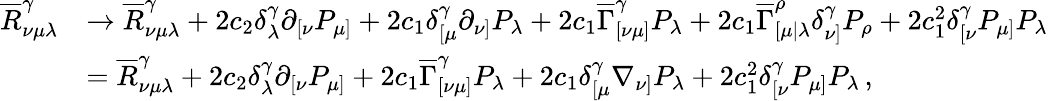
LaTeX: \begin{array}{rl}{\overline{{R}}_{\nu\mu\lambda}^{\gamma}}&{\rightarrow\overline{{R}}_{\nu\mu\lambda}^{\gamma}+2c_{2}\delta_{\lambda}^{\gamma}\partial_{[\nu}P_{\mu]}+2c_{1}\delta_{[\mu}^{\gamma}\partial_{\nu]}P_{\lambda}+2c_{1}\overline{{\Gamma}}_{[\nu\mu]}^{\gamma}P_{\lambda}+2c_{1}\overline{{\Gamma}}_{[\mu|\lambda}^{\rho}\delta_{\nu]}^{\gamma}P_{\rho}+2c_{1}^{2}\delta_{[\nu}^{\gamma}P_{\mu]}P_{\lambda}}\\ &{=\overline{{R}}_{\nu\mu\lambda}^{\gamma}+2c_{2}\delta_{\lambda}^{\gamma}\partial_{[\nu}P_{\mu]}+2c_{1}\overline{{\Gamma}}_{[\nu\mu]}^{\gamma}P_{\lambda}+2c_{1}\delta_{[\mu}^{\gamma}\nabla_{\nu]}P_{\lambda}+2c_{1}^{2}\delta_{[\nu}^{\gamma}P_{\mu]}P_{\lambda}\, ,}\end{array}